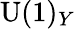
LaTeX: \mathrm{U}(1)_{Y}